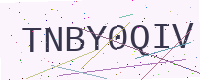
Text: TNBY0QIV